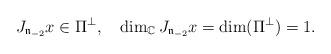
LaTeX: \begin{align*}J_{{\mathfrak n}_{-2}}x\in\Pi^\bot,\quad\dim_{\mathbb C} J_{{\mathfrak n}_{-2}}x=\dim(\Pi^\bot)=1.\end{align*}